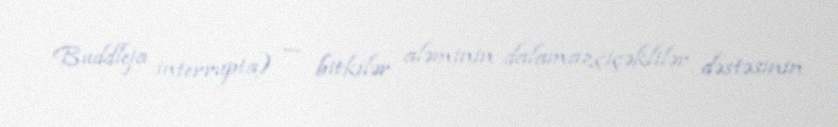
Buddleja interrupta) — bitkilər aləminin dalamazçiçəklilər dəstəsinin